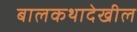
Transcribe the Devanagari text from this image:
बालकथादेखील